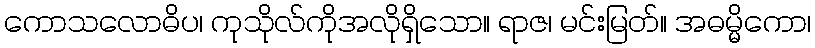
ကောသလောဓိပ၊ ကုသိုလ်ကိုအလိုရှိသော။ ရာဇ၊ မင်းမြတ်။ အဓမ္မိကော၊